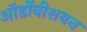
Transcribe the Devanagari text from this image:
ऑर्डोवीशयन